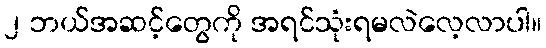
၂ ဘယ်အဆင့်တွေကို အရင်သုံးရမလဲလေ့လာပါ။